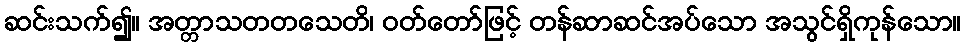
ဆင်းသက်၍။ အတ္တာသတတသေတိ၊ ဝတ်တော်ဖြင့် တန်ဆာဆင်အပ်သော အသွင်ရှိကုန်သော။